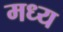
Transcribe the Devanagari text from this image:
मध्य